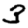
Digit: 3